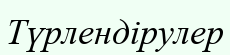
Түрлендірулер